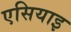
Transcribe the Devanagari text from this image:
एसियाइ